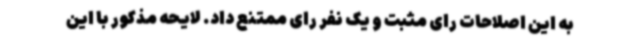
به این اصلاحات رای مثبت و یک نفر رای ممتنع داد. لایحه مذکور با این